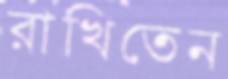
রাখিতেন